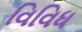
વિવિધ